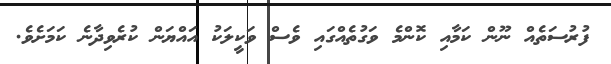
ފުރުސަތެއް ނޫން ކަމާއި ކޮންމެ ވަގުތެއްގައި ވެސް ވަކީލަކު އައްޔަން ކުރެވިދާނެ ކަމަށެވެ.